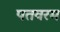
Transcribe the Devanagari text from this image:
पतवरम